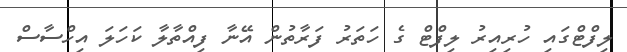
ލިފްޓްގައި ހުރިއިރު ލިފްޓް ގެ ހަތަރު ފަރާތުން އޭނާ ފިއްތާލާ ކަހަލަ އިހްސާސް